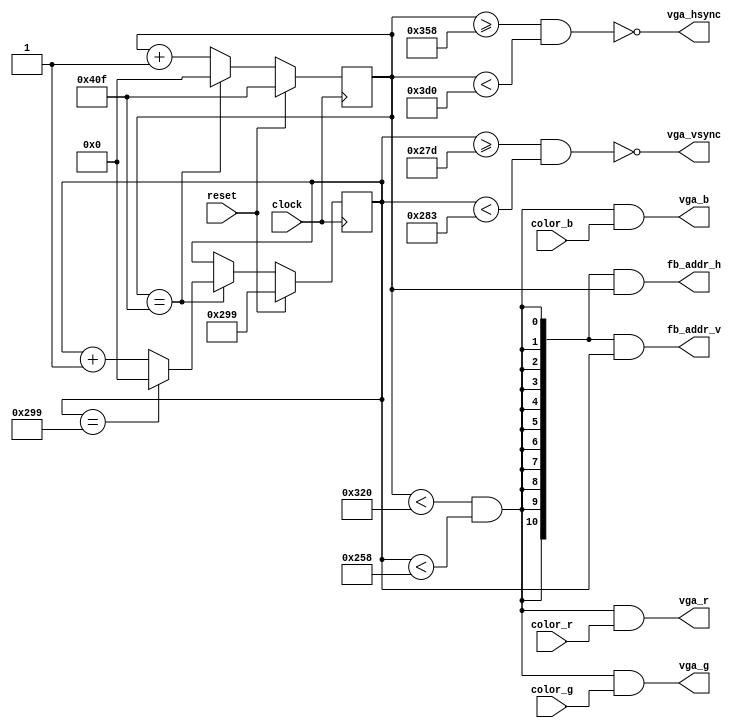
module VGA2Interface(clock,reset,color_r,color_g,color_b,fb_addr_h,fb_addr_v,vga_hsync,vga_vsync,vga_r,vga_g,vga_b);
   parameter                   HAddrSize = 11;
   parameter                   HVisibleArea = 800;
   parameter                   HFrontPorch = 56;
   parameter                   HSyncPulse = 120;
   parameter                   HBackPorch = 64;

   parameter                   VAddrSize = 11;
   parameter                   VVisibleArea = 600;
   parameter                   VFrontPorch = 37;
   parameter                   VSyncPulse = 6;
   parameter                   VBackPorch = 23;
   
   input wire                  clock;
   input wire                  reset;

   input wire                  color_r;
   input wire                  color_g;
   input wire                  color_b;

   output wire [HAddrSize-1:0] fb_addr_h;
   output wire [VAddrSize-1:0] fb_addr_v;

   output wire                 vga_hsync;
   output wire                 vga_vsync;
   output wire                 vga_r;
   output wire                 vga_g;
   output wire                 vga_b;

   reg [HAddrSize-1:0]         s_HCounter;
   wire                        i_HInVisibleArea;
   wire                        i_HInFrontPorch;
   wire                        i_HInSyncPulse;
   wire                        i_HInBackPorch;

   reg [VAddrSize-1:0]         s_VCounter;
   wire                        i_VInVisibleArea;
   wire                        i_VInFrontPorch;
   wire                        i_VInSyncPulse;
   wire                        i_VInBackPorch;

   assign fb_addr_h = {HAddrSize{i_HInVisibleArea & i_VInVisibleArea}} & s_HCounter;
   assign fb_addr_v = {VAddrSize{i_HInVisibleArea & i_VInVisibleArea}} & s_VCounter;

   assign vga_hsync = ~i_HInSyncPulse;
   assign vga_vsync = ~i_VInSyncPulse;
   assign vga_r = (i_HInVisibleArea & i_VInVisibleArea) & color_r;
   assign vga_g = (i_HInVisibleArea & i_VInVisibleArea) & color_g;
   assign vga_b = (i_HInVisibleArea & i_VInVisibleArea) & color_b;

   assign i_HInVisibleArea = s_HCounter < HVisibleArea;
   assign i_HInFrontPorch = s_HCounter >= HVisibleArea && s_HCounter < HVisibleArea + HFrontPorch;
   assign i_HInSyncPulse = s_HCounter >= HVisibleArea + HFrontPorch && s_HCounter < HVisibleArea + HFrontPorch + HSyncPulse;
   assign i_HInBackPorch = s_HCounter >= HVisibleArea + HFrontPorch + HSyncPulse;

   assign i_VInVisibleArea = s_VCounter < VVisibleArea;
   assign i_VInFrontPorch = s_VCounter >= VVisibleArea && s_VCounter < VVisibleArea + VFrontPorch;
   assign i_VInSyncPulse = s_VCounter >= VVisibleArea + VFrontPorch && s_VCounter < VVisibleArea + VFrontPorch + VSyncPulse;
   assign i_VInBackPorch = s_VCounter >= VVisibleArea + VFrontPorch + VSyncPulse;

   always @ (posedge clock) begin
      if (reset) begin
         s_HCounter <= HVisibleArea + HFrontPorch + HSyncPulse + HBackPorch - 1;
      end
      else begin
         if (s_HCounter == HVisibleArea + HFrontPorch + HSyncPulse + HBackPorch - 1) begin
            s_HCounter <= 0;
         end
         else begin
            s_HCounter <= s_HCounter + 1;
         end
      end // else: !if(reset)
   end // always @ (posedge clock)

   always @ (posedge clock) begin
      if (reset) begin
         s_VCounter <= VVisibleArea + VFrontPorch + VSyncPulse + VBackPorch - 1;
      end
      else begin
         if (s_HCounter == HVisibleArea + HFrontPorch + HSyncPulse + HBackPorch - 1) begin
            if (s_VCounter == VVisibleArea + VFrontPorch + VSyncPulse + VBackPorch - 1) begin
               s_VCounter <= 0;
            end
            else begin
               s_VCounter <= s_VCounter + 1;
            end
         end
         else begin
            s_VCounter <= s_VCounter;
         end
      end // else: !if(reset)
   end // always @ (posedge clock)
endmodule